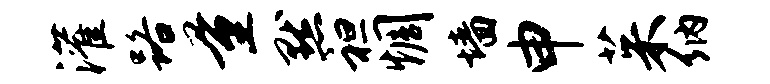
灌路量默袒惆墙申茱纳